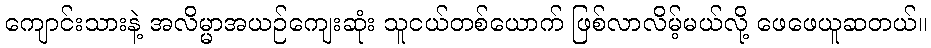
ကျောင်းသားနဲ့ အလိမ္မာအယဉ်ကျေးဆုံး သူငယ်တစ်ယောက် ဖြစ်လာလိမ့်မယ်လို့ ဖေဖေယူဆတယ်။